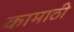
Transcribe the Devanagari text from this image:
कामाठी